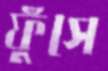
ফুঁসে